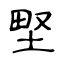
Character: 𡌛